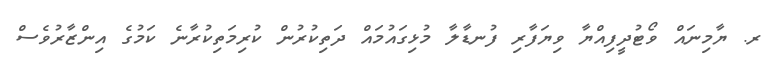
ރ. ޔާމިނައް ވޯޓުދީފިއްޔާ ވިޔަފާރި ފުނޑާލާ މުޅިގައުމައް ދަތިކުރުން ކުރިމަތިކުރާނެ ކަމުގެ އިންޒާރުވެސް